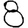
Digit: 8